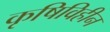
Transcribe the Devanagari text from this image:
कृषिविहीन